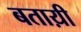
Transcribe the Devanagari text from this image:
बताय़ी